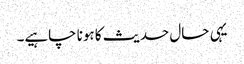
یہی حال حدیث کا ہونا چاہیے۔